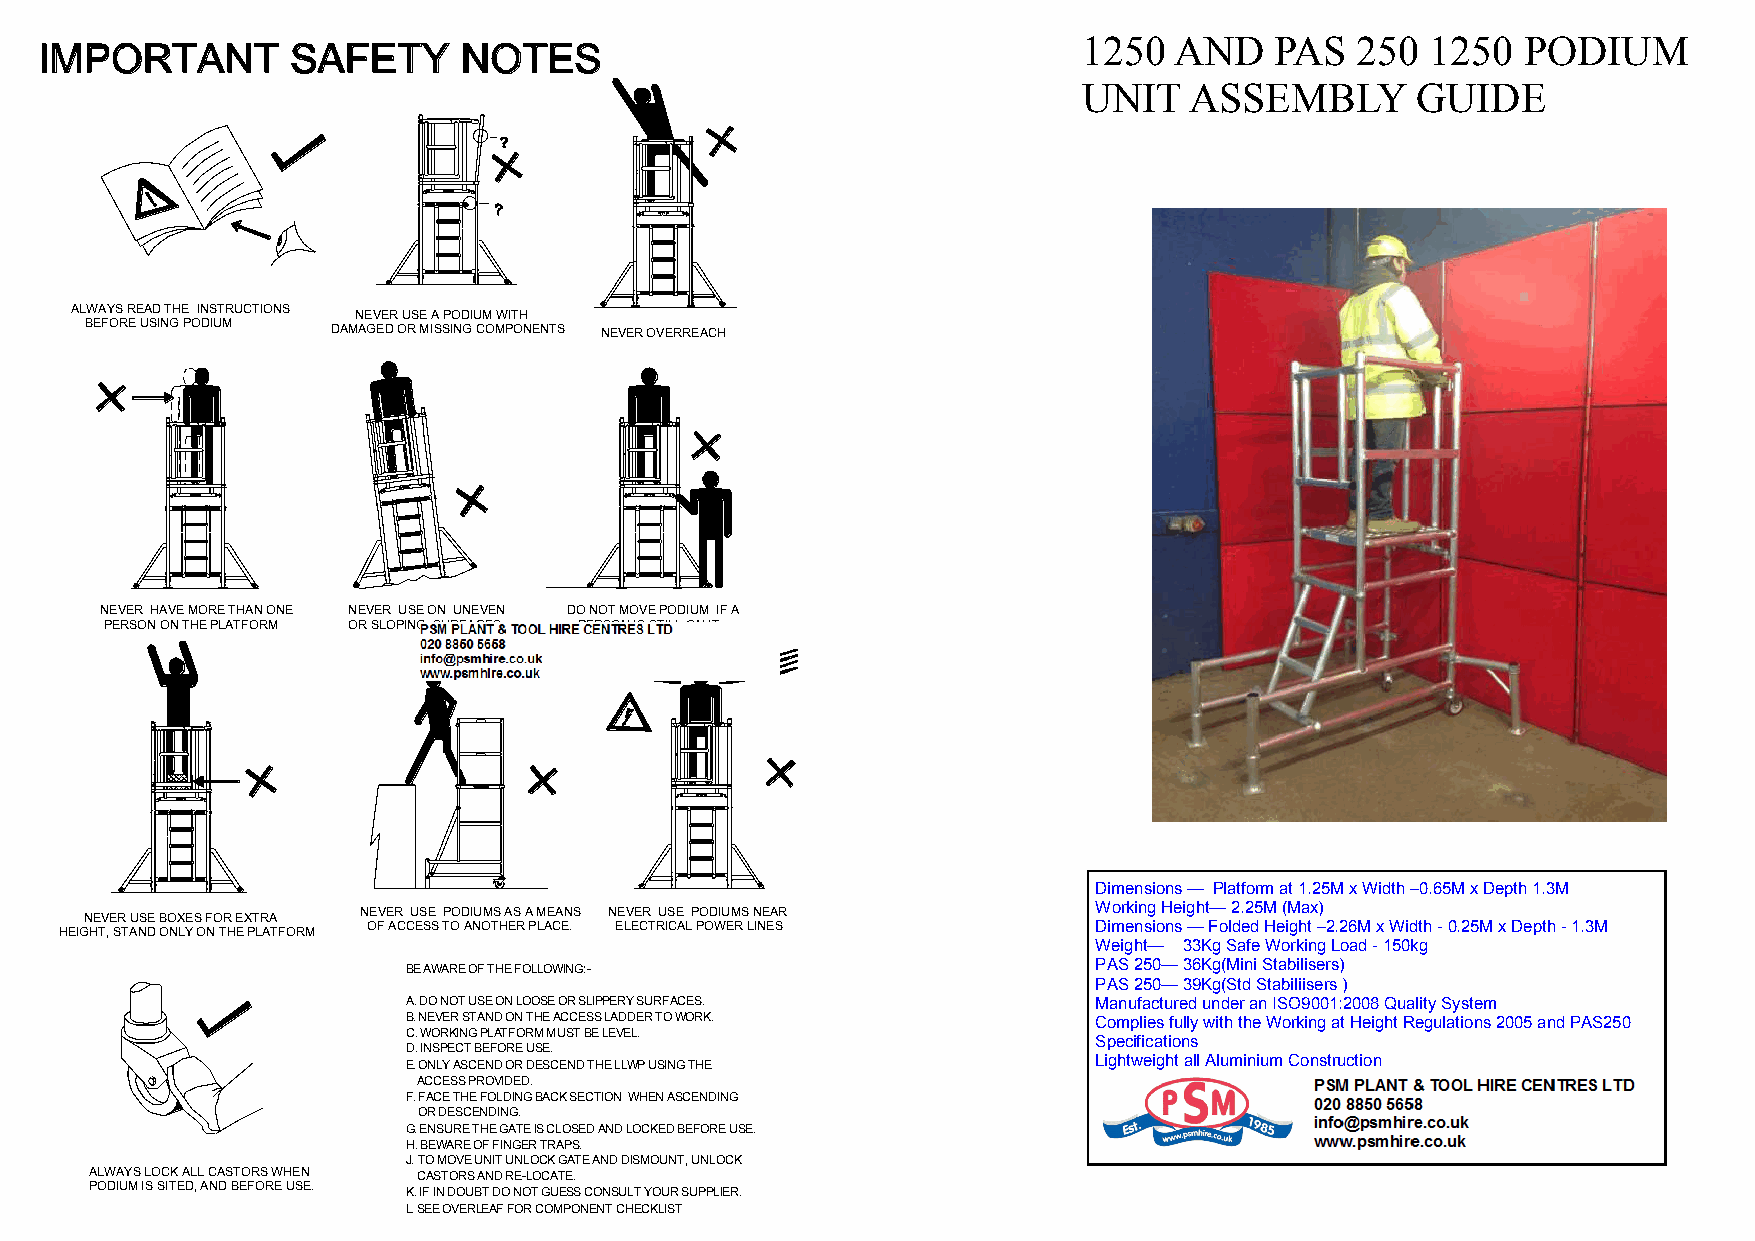
1250  AND   PAS   250  1250  PODIUM
 UNIT   ASSEMBLY       GUIDE
 ALWAYS READ THE INSTRUCTIONS NEVER USE A PODIUM WITH
 BEFORE USING PODIUM DAMAGED OR MISSING COMPONENTS NEVER OVERREACH
 NEVER HAVE MORE THAN ONE NEVER USE ON UNEVEN DO NOT MOVE PODIUM IF A
 PERSON ON THE PLATFORM OR SLOPING SURFACES PERSON IS STILL ON IT
 Dimensions — Platform at 1.25M x Width –0.65M x Depth 1.3M
 Working Height— 2.25M (Max)
 NEVER USE BOXES FOR EXTRA NEVER USE PODIUMS AS A MEANS NEVER USE PODIUMS NEAR
 HEIGHT, STAND ONLY ON THE PLATFORM OF ACCESS TO ANOTHER PLACE. ELECTRICAL POWER LINES Dimensions — Folded Height –2.26M x Width - 0.25M x Depth - 1.3M
 Weight— 33Kg Safe Working Load - 150kg
 BE AWARE OF THE FOLLOWING:-                  PAS 250— 36Kg(Mini Stabilisers)
 PAS 250— 39Kg(Std Stabiliisers )
 A. DO NOT USE ON LOOSE OR SLIPPERY SURFACES. Manufactured under an ISO9001:2008 Quality System
 B. NEVER STAND ON THE ACCESS LADDER TO WORK. Complies fully with the Working at Height Regulations 2005 and PAS250
 C. WORKING PLATFORM MUST BE LEVEL.
 Specifications
 D. INSPECT BEFORE USE.
 E. ONLY ASCEND OR DESCEND THE LLWP USING THE Lightweight all Aluminium Construction
 ACCESS PROVIDED.
 F. FACE THE FOLDING BACK SECTION WHEN ASCENDING For further information or assistance, please contact
 OR DESCENDING.                              Interlink Alloy Systems Limited—Tel 01992 716509
 G. ENSURE THE GATE IS CLOSED AND LOCKED BEFORE USE.
 Or visit: www.interlinkalloy.co.uk
 H. BEWARE OF FINGER TRAPS.
 J. TO MOVE UNIT UNLOCK GATE AND DISMOUNT, UNLOCK
 ALWAYS LOCK ALL CASTORS WHEN CASTORS AND RE-LOCATE.
 PODIUM IS SITED, AND BEFORE USE. K. IF IN DOUBT DO NOT GUESS CONSULT YOUR SUPPLIER.
 L. SEE OVERLEAF FOR COMPONENT CHECKLIST